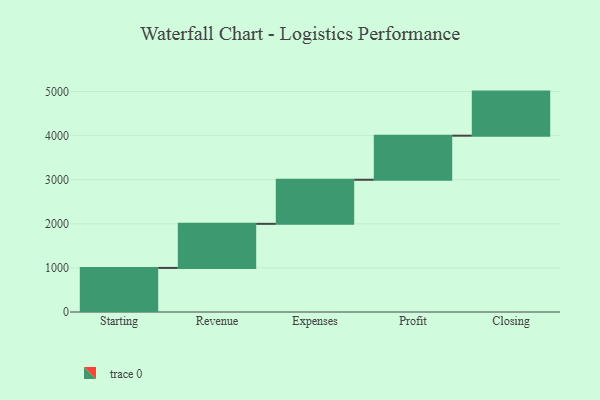
{"axis": {"x": "Step", "y": "Value"}, "legend": [""], "data": [{"x": "Starting", "y": 1000, "type": ""}, {"x": "Revenue", "y": 1000, "type": ""}, {"x": "Expenses", "y": 1000, "type": ""}, {"x": "Profit", "y": 1000, "type": ""}, {"x": "Closing", "y": 1000, "type": ""}]}